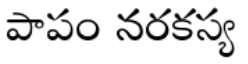
పాపం నరకస్య